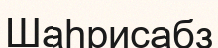
Шаһрисабз